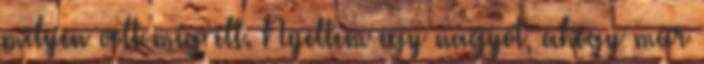
milyen volt míg élt. Nyeltem egy nagyot, ahogy már